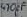
Text: 470pF